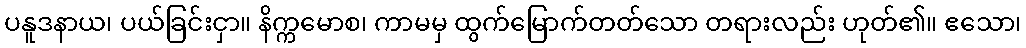
ပနူဒနာယ၊ ပယ်ခြင်းငှာ။ နိက္ကမောစ၊ ကာမမှ ထွက်မြောက်တတ်သော တရားလည်း ဟုတ်၏။ ဧသော၊